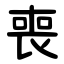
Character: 喪